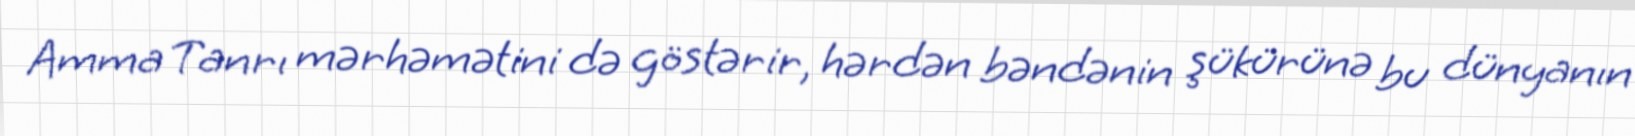
Amma Tanrı mərhəmətini də göstərir, hərdən bəndənin şükürünə bu dünyanın